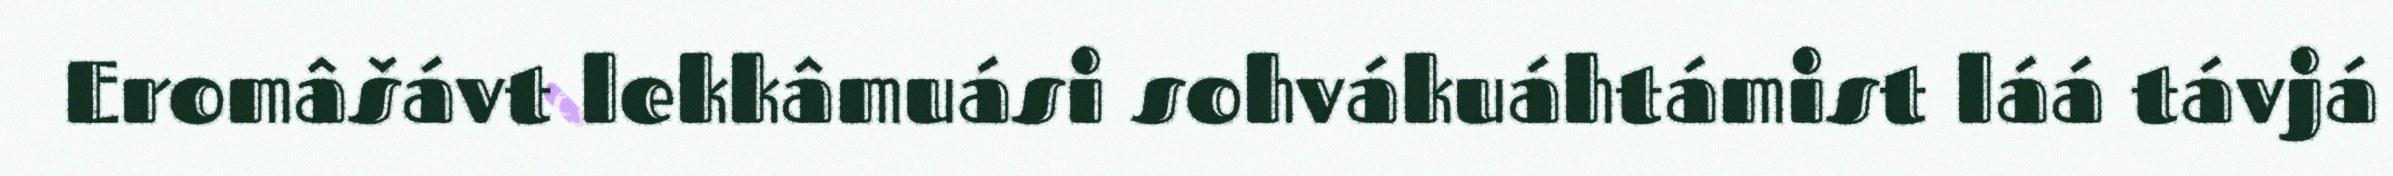
Eromâšávt lekkâmuási sohvákuáhtámist láá távjá